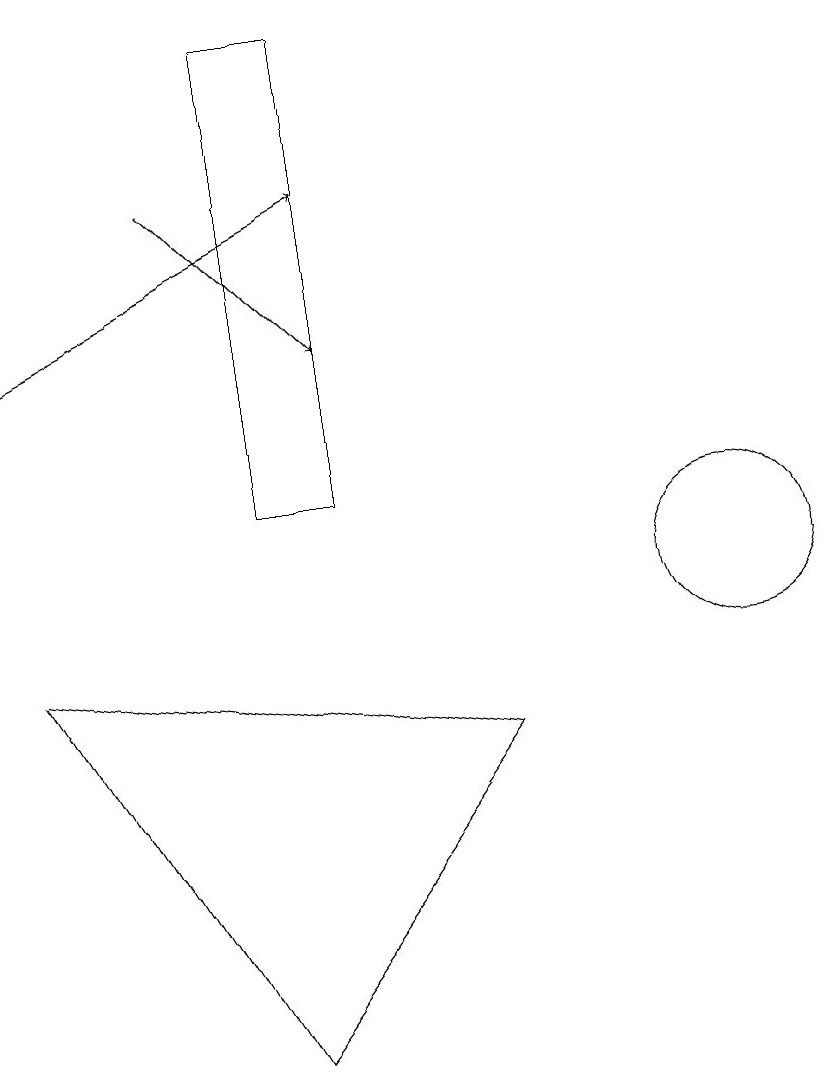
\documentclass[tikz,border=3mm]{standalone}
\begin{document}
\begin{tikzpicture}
\draw (12,10) circle (1);
\draw[->] (3,13) -- (7,15);
\draw (7,11) rectangle (6,17);
\draw (3,9) -- (6,4) -- (9,8) -- cycle;
\draw[->] (5,15) -- (7,13);
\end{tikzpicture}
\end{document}